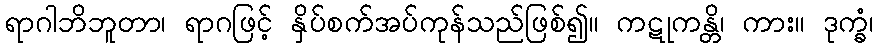
ရာဂါဘိဘူတာ၊ ရာဂဖြင့် နှိပ်စက်အပ်ကုန်သည်ဖြစ်၍။ ကဋုကန္တိ၊ ကား။ ဒုက္ခံ၊